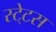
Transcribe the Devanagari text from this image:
स्‍टे्टस